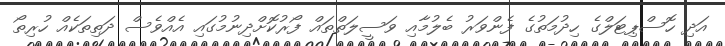
އަދި ހޮސްޕިޓަލްގެ ހިދުމަތުގެ ފެންވަރު ބެލުމާއި ވަސީލަތްތައް ފޯރުކޮށްދިނުމުގައި އެއްވެސް ދަތިތަކެއް ހުރިތޯ